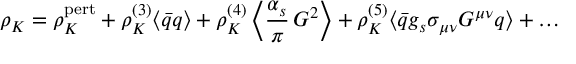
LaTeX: \rho _ { K } = \rho _ { K } ^ { \mathrm { p e r t } } + \rho _ { K } ^ { ( 3 ) } \langle \bar { q } q \rangle + \rho _ { K } ^ { ( 4 ) } \left\langle \frac { \alpha _ { s } } { \pi } \, G ^ { 2 } \right\rangle + \rho _ { K } ^ { ( 5 ) } \langle \bar { q } g _ { s } \sigma _ { \mu \nu } G ^ { \mu \nu } q \rangle + \dots